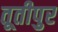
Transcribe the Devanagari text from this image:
तूतीपुर